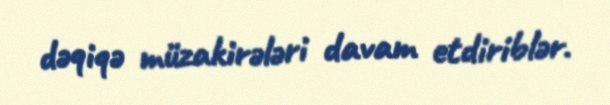
dəqiqə müzakirələri davam etdiriblər.